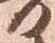
日